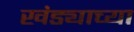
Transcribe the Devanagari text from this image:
खंड्याच्या